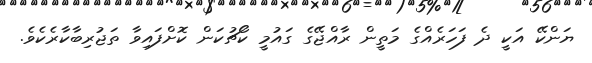
ޔަންކޭ އަކީ ދެ ފަހަރެއްގެ މަތީން ރާއްޖޭގެ ގައުމީ ކޯޗުކަން ކޮށްފައިވާ ތަޖުރިބާކާރެކެވެ.